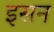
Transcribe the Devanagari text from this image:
इसन